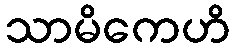
သာမိကေဟိ